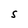
Character: S